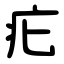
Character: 疕